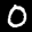
Label: 0